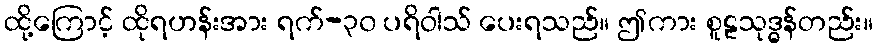
ထို့ကြောင့် ထိုရဟန်းအား ရက်-၃၀ ပရိဝါသ် ပေးရသည်။ ဤကား စူဠသုဒ္ဓန်တည်း။